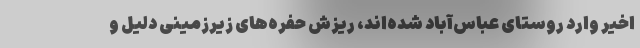
اخیر وارد روستای عباس‌آباد شده‌اند، ریزش حفره‌های زیرزمینی دلیل و